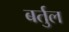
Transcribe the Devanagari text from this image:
बर्तुल